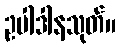
ဥပါဒါနသုတ်။